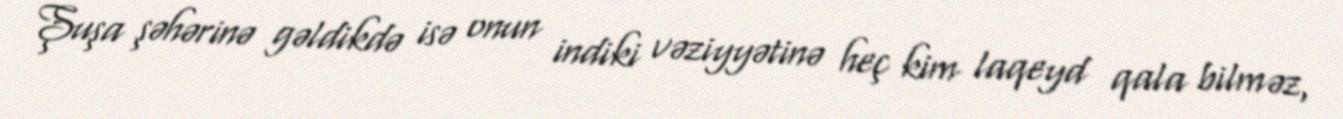
Şuşa şəhərinə gəldikdə isə onun indiki vəziyyətinə heç kim laqeyd qala bilməz,